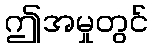
ဤအမှုတွင်